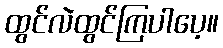
ထွင်လဲထွင်ကြပါပေ့။